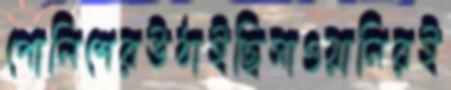
পোলিশেরউঠাইছিসাওয়ানিরই